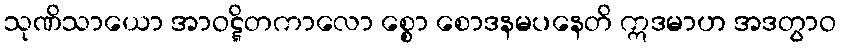
သုဏိသာယော အာဝဋ္ဋိတကာလော စ္စော စောဒနမပနေတိ ဣဒမာဟ အဒတွာဝ